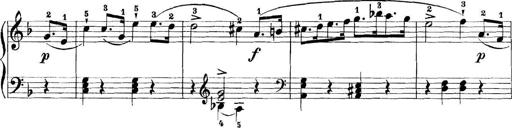
Title: 11 Sonatinas
Composer: Anton Diabelli